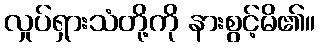
လှုပ်ရှားသံတို့ကို နားစွင့်မိ၏။